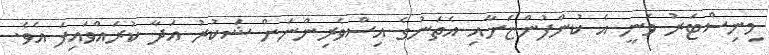
މިނިސްޓަރު ވަނީ އެ ކުންފުންޏަށާއި އެތަނުގެ އިސްވެރިންނަށް ޝަކުރު އަދާ ކުރައްވައިފަ އެވެ.